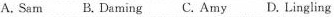
A.Sam B.Daming C.Amy D.Lingling